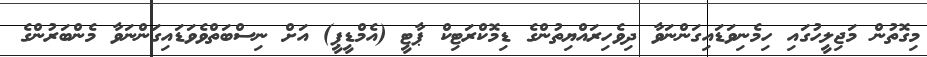
މިގޮތުން މަޖިލީހުގައި ހިމެނިވަޑައިގަންނަވާ ދިވެހިރައްޔިތުންގެ ޑިމޮކްރަޓިކް ޕާޓީ (އެމްޑީޕީ) އަށް ނިސްބަތްވެވަޑައިގަންނަވާ މެންބަރުންގެ